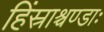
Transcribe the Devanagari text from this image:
हिंस्राश्चण्डाः